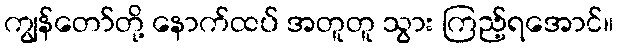
ကျွန်တော်တို့ နောက်ထပ် အတူတူ သွား ကြည့်ရအောင်။